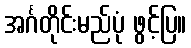
အင်္ဂတိုင်းမည်ပုံ ဖွင့်ပြ။